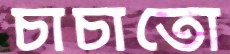
চাচাতো